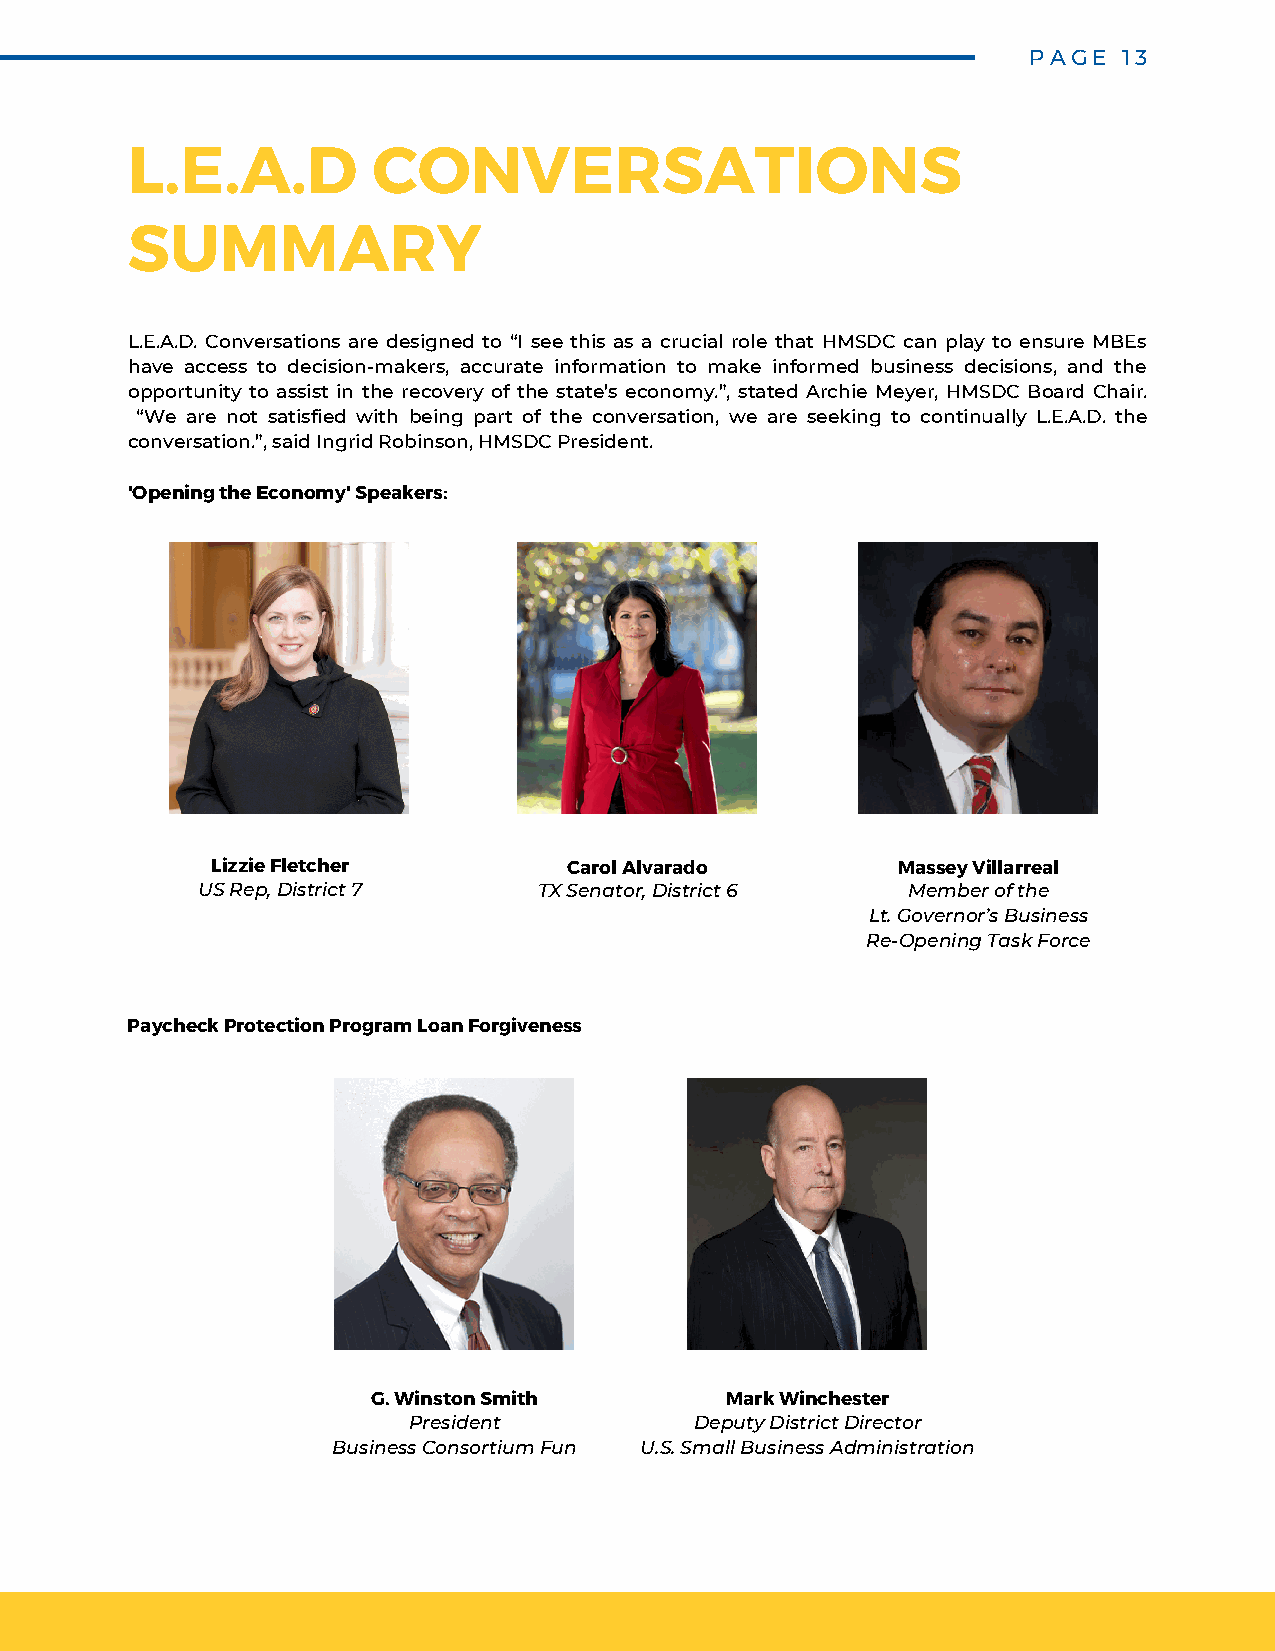
PAGE  13
 L.E.A.D          CONVERSATIONS
 SUMMARY
 L.E.A.D. Conversations are designed to “I see this as a crucial role that HMSDC can play to ensure MBEs
 have access to decision-makers, accurate information to make informed business decisions, and the
 opportunity to assist in the recovery of the state’s economy.”, stated Archie Meyer, HMSDC Board Chair.
 “We are not satisfied with being part of the conversation, we are seeking to continually L.E.A.D. the
 conversation.”, said Ingrid Robinson, HMSDC President.
 'Opening the Economy' Speakers:
 Lizzie Fletcher         Carol Alvarado       Massey Villarreal
 US Rep, District 7     TX Senator, District 6  Member of the
 Lt. Governor’s Business
 Re-Opening Task Force
 Paycheck Protection Program Loan Forgiveness
 G. Winston Smith       Mark Winchester
 President          Deputy District Director
 Business Consortium Fun U.S. Small Business Administration
 L E  A D   -  E D  U C  A T E   -  A N  D   -  D E V  E L O  P